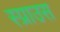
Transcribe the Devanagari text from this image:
स्प्राउस